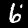
Digit: 6